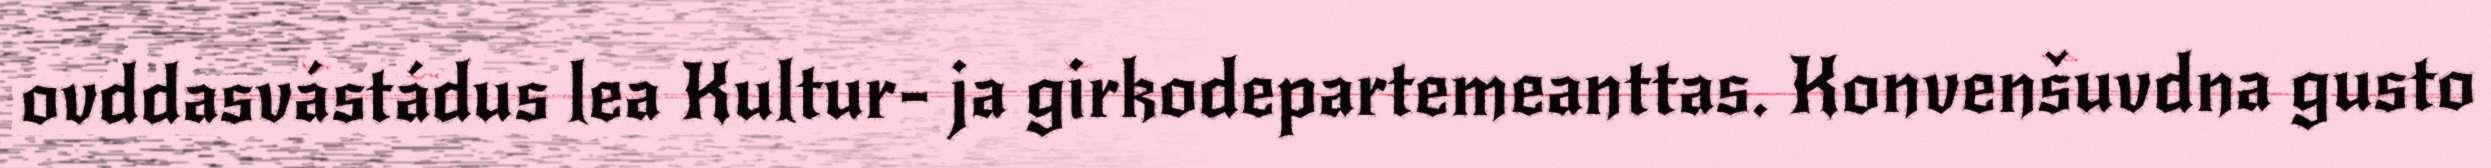
ovddasvástádus lea Kultur- ja girkodepartemeanttas. Konvenšuvdna gusto